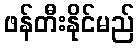
ဖန်တီးနိုင်မည်